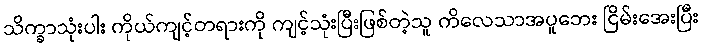
သိက္ခာသုံးပါး ကိုယ်ကျင့်တရားကို ကျင့်သုံးပြီးဖြစ်တဲ့သူ ကိလေသာအပူဘေး ငြိမ်းအေးပြီး